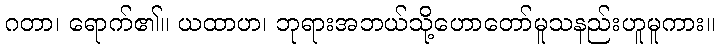
ဂတာ၊ ရောက်၏။ ယထာဟ၊ ဘုရားအဘယ်သို့ဟောတော်မူသနည်းဟူမူကား။